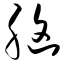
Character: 脑